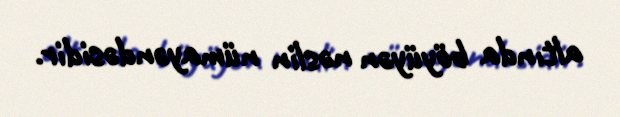
altında böyüyən nəslin nümayəndəsidir.